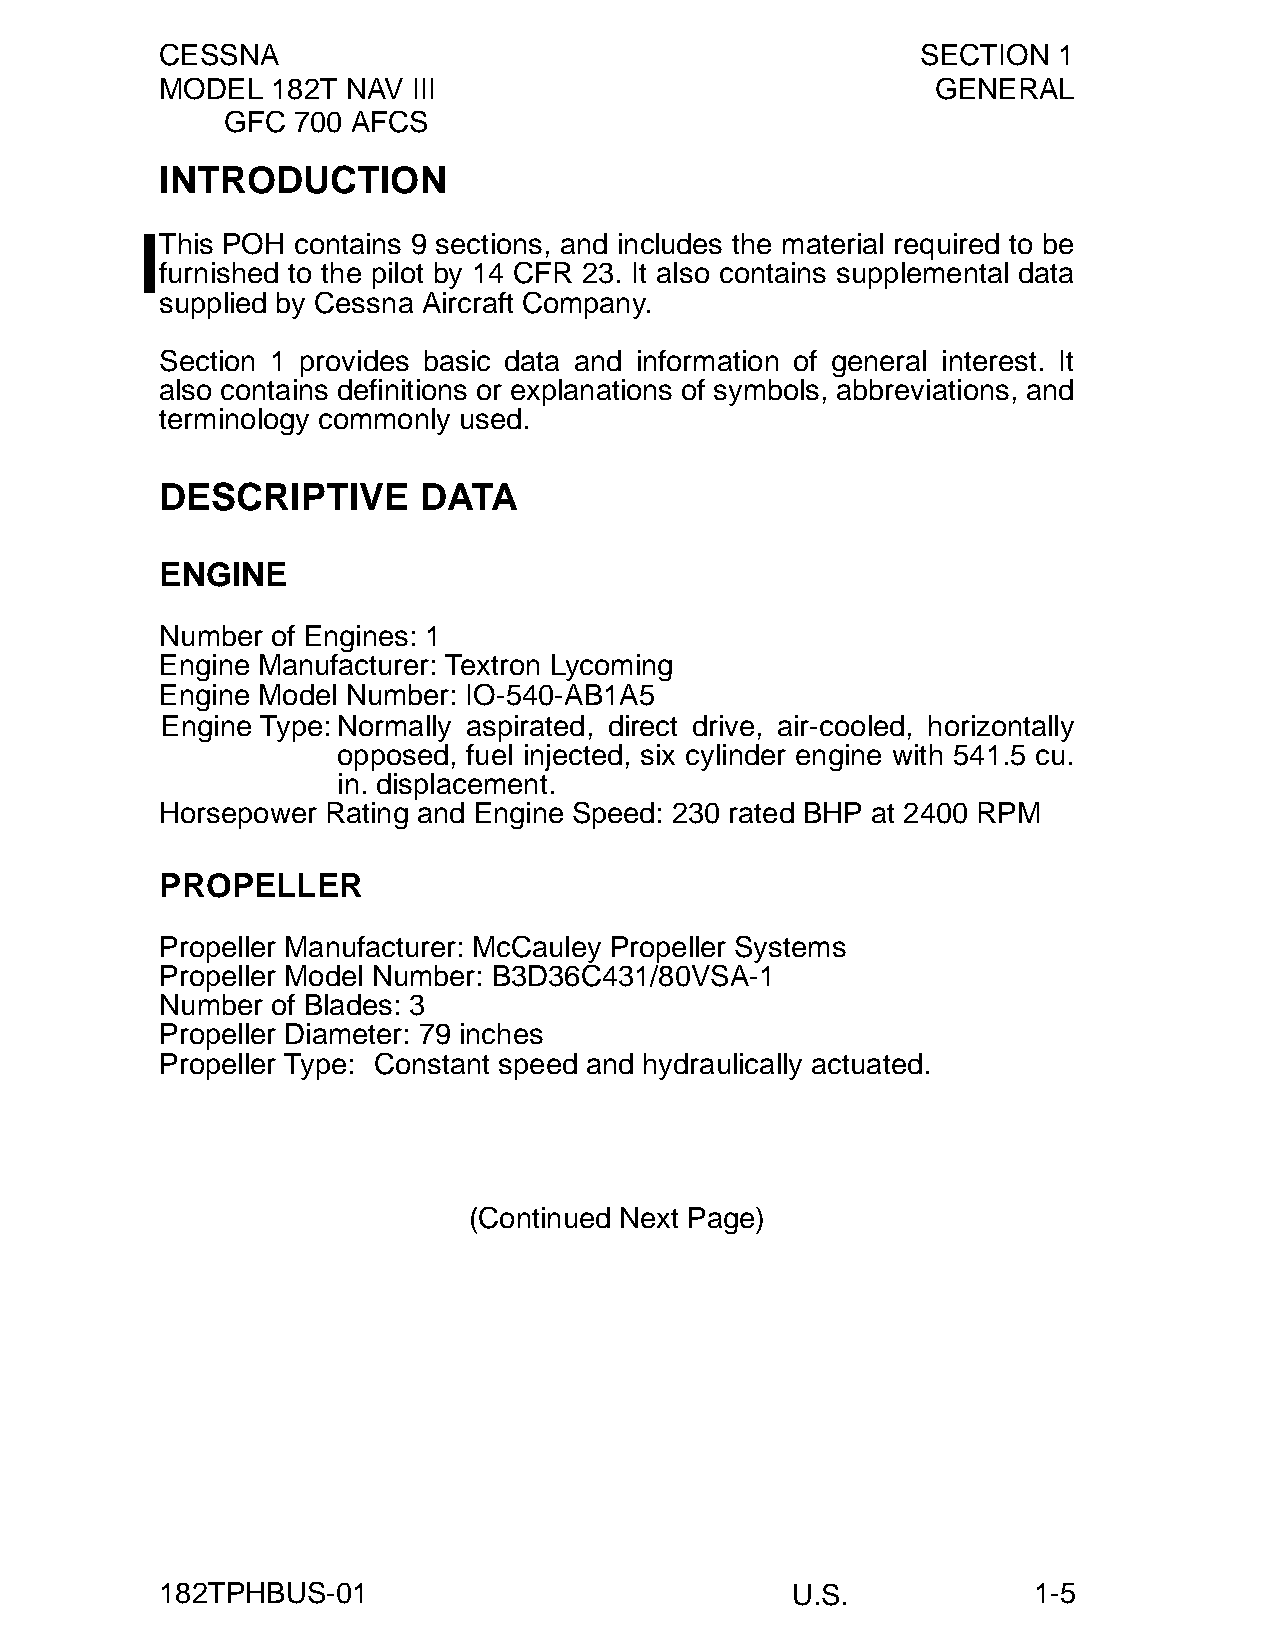
CESSNA                                            SECTION  1
 MODEL  182T NAV III                                GENERAL
 GFC 700 AFCS
 INTRODUCTION
 This POH contains 9 sections, and includes the material required to be
 furnished to the pilot by 14 CFR 23. It also contains supplemental data
 supplied by Cessna Aircraft Company.
 Section 1 provides basic data and information of general interest. It
 also contains definitions or explanations of symbols, abbreviations, and
 terminology commonly used.
 DESCRIPTIVE      DATA
 ENGINE
 Number of Engines: 1
 Engine Manufacturer: Textron Lycoming
 Engine Model Number: IO-540-AB1A5
 Engine Type:Normally aspirated, direct drive, air-cooled, horizontally
 opposed, fuel injected, six cylinder engine with 541.5 cu.
 in. displacement.
 Horsepower Rating and Engine Speed: 230 rated BHP at 2400 RPM
 PROPELLER
 Propeller Manufacturer: McCauley Propeller Systems
 Propeller Model Number: B3D36C431/80VSA-1
 Number of Blades: 3
 Propeller Diameter: 79 inches
 Propeller Type: Constant speed and hydraulically actuated.
 (Continued Next Page)
 182TPHBUS-01                             U.S.            1-5